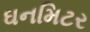
ઘનમિટર